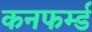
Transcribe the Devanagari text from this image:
कनफर्म्ड